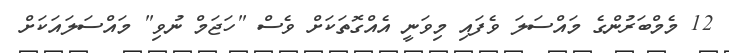
12 މެމްބަރުންގެ މައްސަލަ ވެފައި މިވަނީ އެއްގޮތަކަށް ވެސް "ހަޖަމް ނުވި" މައްސަލައަކަށް